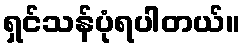
ရှင်သန်ပုံရပါတယ်။